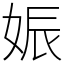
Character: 娠